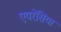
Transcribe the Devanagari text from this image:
एयरेसिया